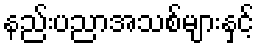
နည်းပညာအသစ်များနှင့်